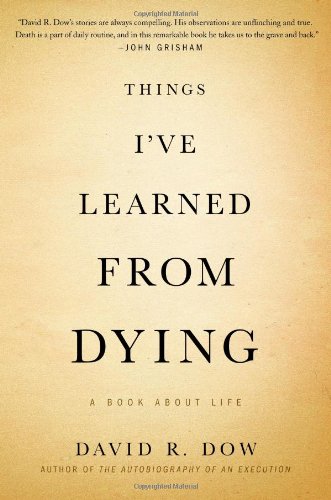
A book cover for Things I've Learned from Dying: A Book About Life; David R. Dow; Medical Books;